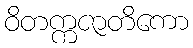
ဝိတက္ကဇာတိကော